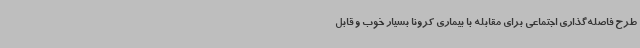
طرح فاصله‌گذاری اجتماعی برای مقابله با بیماری کرونا بسیار خوب و قابل